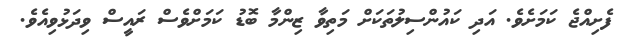
ފެށިއްޖެ ކަމަށެވެ. އަދި ކައުންސިލުތަކަށް މަތިވާ ޒިންމާ ބޮޑު ކަމަށްވެސް ރައީސް ވިދަޅުވިއެވެ.